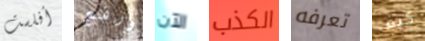
أفلست ورفع الآن الكذب تعرفه كيف